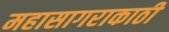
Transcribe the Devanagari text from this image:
महासागराकाठी